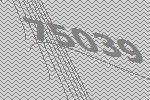
75039